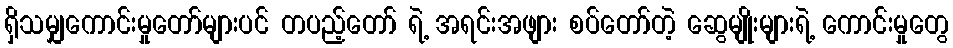
ရှိသမျှကောင်းမှုတော်များပင် တပည့်တော် ရဲ့ အရင်းအဖျား စပ်တော်တဲ့ ဆွေမျိုးများရဲ့ ကောင်းမှုတွေ